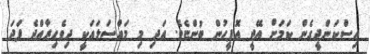
އިސްކަންދީގެން ކަމަށް އޭޖީ އޮފީހުން ބުންޏެވެ. އަދި މި މައްސަލައަކީ ދިވެހިރާއްޖެ ފަދަ